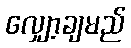
လျှော့ချမည်